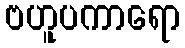
ဗဟူပကာရော